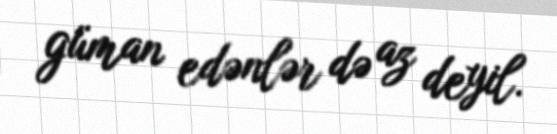
güman edənlər də az deyil.